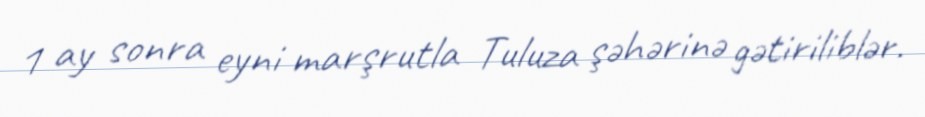
1 ay sonra eyni marşrutla Tuluza şəhərinə gətiriliblər.